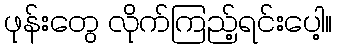
ဖုန်းတွေ လိုက်ကြည့်ရင်းပေါ့။